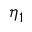
\eta _ { 1 }